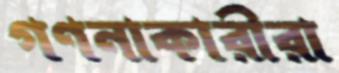
গণনাকারীরা